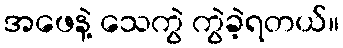
အဖေနဲ့ သေကွဲ ကွဲခဲ့ရတယ်။